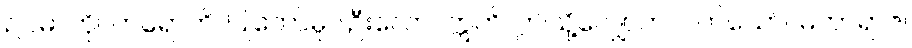
ဥပမာကို။ ကရောဟိ၊ ပြုတော်မူပါဦးလော။ ဣတိ၊ ဤသို့လျှောက်လတ်သော်။ မဟာရာဇ၊